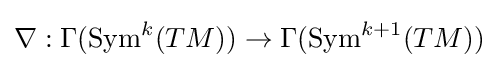
\nabla :\Gamma (\operatorname {Sym} ^{k}(TM))\to \Gamma (\operatorname {Sym} ^{k+1}(TM))